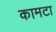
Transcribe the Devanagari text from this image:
कामटा